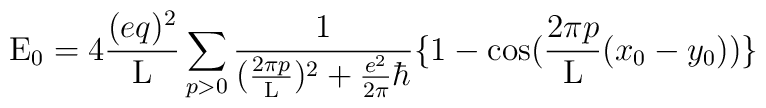
{\rm E}_0 = 4 \frac{(eq)^2}{\rm L} \sum_{p>0}\frac{1}{(\frac{2\pi p}{\rm L})^2 + \frac{e^2}{2\pi}\hbar}\{1 - \cos(\frac{2\pi p}{\rm L}(x_0 -y_0))\}